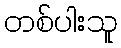
တစ်ပါးသူ